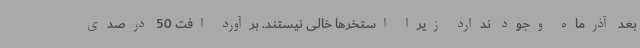
بعد آذرماه وجود ندارد زیرا استخرها خالی نیستند. برآورد افت 50 درصدی